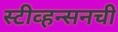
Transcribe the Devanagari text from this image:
स्टीव्हन्‍सनची